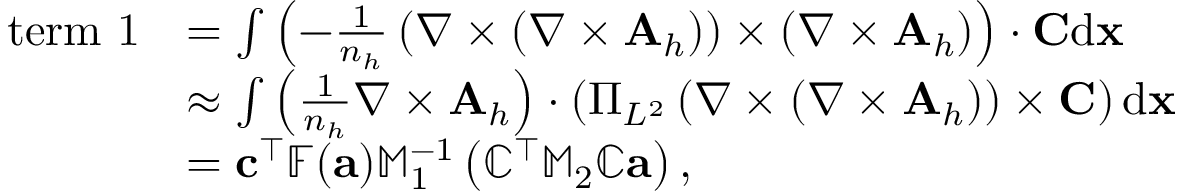
\begin{array} { r l } { \mathrm { t e r m ~ 1 } } & { = \int \left( - \frac { 1 } { n _ { h } } \left( { \nabla } \times ( { \nabla } \times { \mathbf A } _ { h } ) \right) \times \left( { \nabla } \times { \mathbf A } _ { h } \right) \right) \cdot { \mathbf C } \mathrm { d } { \mathbf x } } \\ & { \approx \int \left( \frac { 1 } { n _ { h } } { \nabla } \times { \mathbf A } _ { h } \right) \cdot \left( \Pi _ { L ^ { 2 } } \left( { \nabla } \times ( { \nabla } \times { \mathbf A } _ { h } ) \right) \times { \mathbf C } \right) \mathrm { d } { \mathbf x } } \\ & { = { \mathbf c } ^ { \top } \mathbb { F } ( { \mathbf a } ) \mathbb { M } _ { 1 } ^ { - 1 } \left( \mathbb { C } ^ { \top } \mathbb { M } _ { 2 } \mathbb { C } { \mathbf a } \right) , } \end{array}